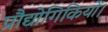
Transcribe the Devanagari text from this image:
प्रौद्योगिकियों।